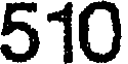
510